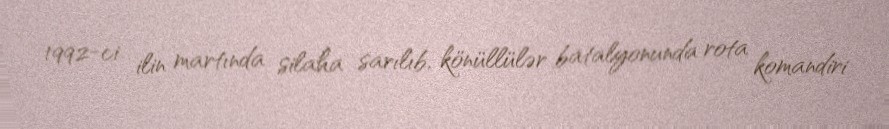
1992-ci ilin martında silaha sarılıb, könüllülər batalyonunda rota komandiri